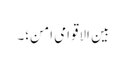
بین الاقوامی امن؛۔